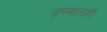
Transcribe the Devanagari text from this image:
कृष्णालाही